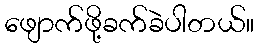
ဖျောက်ဖို့ခက်ခဲပါတယ်။